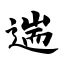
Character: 遄